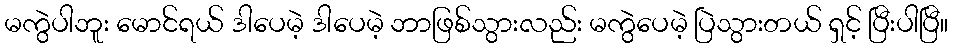
မကွဲပါဘူး မောင်ရယ် ဒါပေမဲ့ ဒါပေမဲ့ ဘာဖြစ်သွားလည်း မကွဲပေမဲ့ ပြဲသွားတယ် ရှင့် ပြီးပါပြီ။